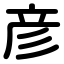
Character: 彦